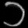
Digit: ၁